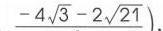
\(-4\sqrt{3}-2\sqrt{21})\)